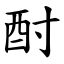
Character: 酎